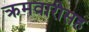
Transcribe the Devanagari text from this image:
क्रमवारीसह